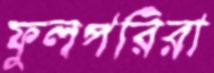
ফুলপরিরা